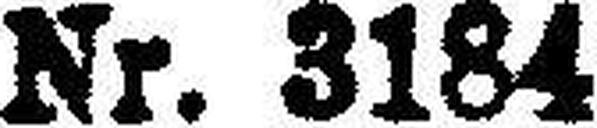
Nr. 3184